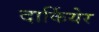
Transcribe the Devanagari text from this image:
दार्कियेर